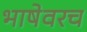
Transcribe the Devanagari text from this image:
भाषेवरच